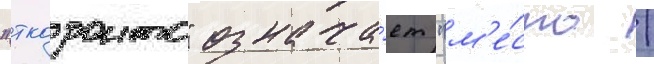
"ткаронто" означа́ет "м'е́сто /